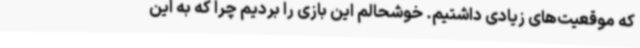
که موقعیت‌های زیادی داشتیم. خوشحالم این بازی را بردیم چرا که به این